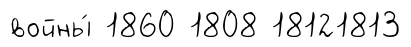
войны́ 1860 1808 18121813